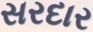
સરદાર